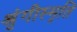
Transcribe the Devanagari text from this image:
श्रृंगीस्मृति